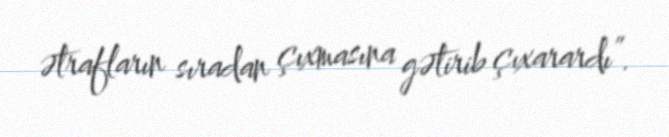
ətrafların sıradan çıxmasına gətirib çıxarardı”.